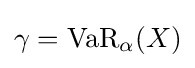
\gamma =\operatorname {VaR} _{\alpha }(X)